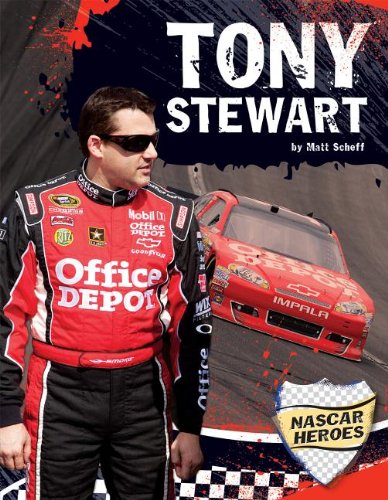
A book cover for Tony Stewart (NASCAR Heroes); Matt Scheff; Children's Books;